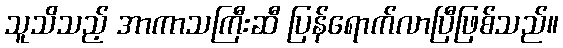
သူသိသည့် အာကာသကြီးဆီ ပြန်ရောက်လာပြီဖြစ်သည်။